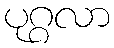
ပုဂ္ဂလာ